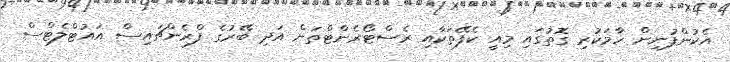
އެކުންފުނިން ހާމަކުރި ގޮތުގައި މިއީ ކެފޭތަކާއި ރެސްޓޯރެންޓްތަށް އަދި ބޭރުގެ ފްރެންޗައިސް އައުޓްލެޓްސް